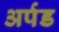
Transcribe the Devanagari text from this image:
अर्पड